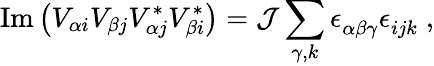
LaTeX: \mathrm{Im}\left(V_{\alpha i}V_{\beta j}V_{\alpha j}^{*}V_{\beta i}^{*}\right)={\cal J}\sum_{\gamma,k}\epsilon_{\alpha\beta\gamma}^{~}\epsilon_{ijk}^{~}\; ,